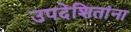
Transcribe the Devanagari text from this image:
उपदेशितांना